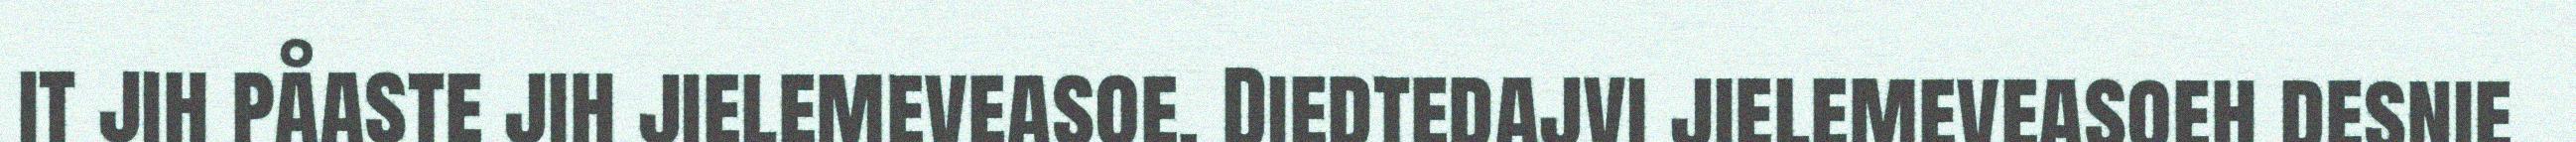
it jih påaste jih jielemeveasoe. Diedtedajvi jielemeveasoeh desnie